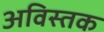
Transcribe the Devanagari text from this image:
अविस्तक